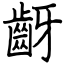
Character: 齖